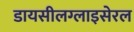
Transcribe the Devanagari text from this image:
डायसीलग्लाइसेरल